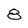
Character: 8